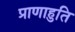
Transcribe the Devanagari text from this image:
प्राणाहुति